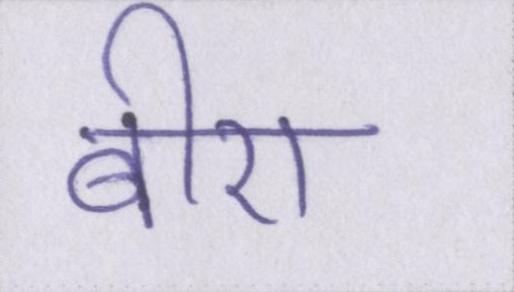
बीए